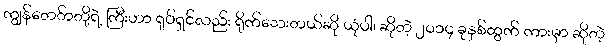
ကျွန်တေ်ာတို့ရဲ့ ကြီးဟာ ရုပ်ရှင်လည်း ရိုက်သေးတယ်ဆို ယုံပါ၊ ဆိုတဲ့ ၂၀၁၄ ခုနှစ်ထွက် ကားမှာ ဆိုတဲ့